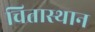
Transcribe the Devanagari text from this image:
चितास्थान